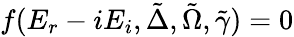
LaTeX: f(E_{r}-iE_{i},\tilde{\Delta},\tilde{\Omega},\tilde{\gamma})=0